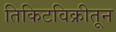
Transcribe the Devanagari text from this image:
तिकिटविक्रीतून